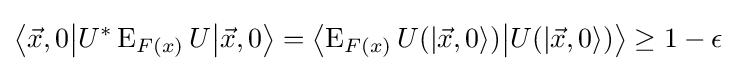
\left\langle {\vec {x}},0{\big |}U^{*}\operatorname {E} _{F(x)}U{\big |}{\vec {x}},0\right\rangle =\left\langle \operatorname {E} _{F(x)}U(|{\vec {x}},0\rangle ){\big |}U(|{\vec {x}},0\rangle )\right\rangle \geq 1-\epsilon